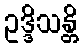
ဥဒ္ဒိသန္တိ